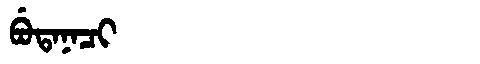
Manchu: ᠪᡠᡨᠠᠨᠠᠴᡳ
Romanization: BUTANACI